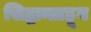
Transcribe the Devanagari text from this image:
सिद्धान्ताहून